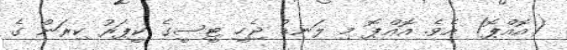
(އޮއްޕޮ) އެވެ. އޮއްޕޮ މި ލަނޑު ޖެހީ ޓީސީގެ ކީޕަރު ކިރަން ގެ